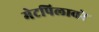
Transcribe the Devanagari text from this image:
मेटपिलावरे